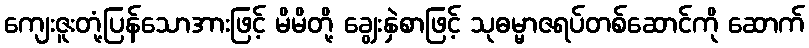
ကျေးဇူးတုံ့ပြန်သောအားဖြင့် မိမိတို့ ချွေးနှဲစာဖြင့် သုဓမ္မာဇရပ်တစ်ဆောင်ကို ဆောက်